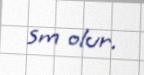
sm olur.